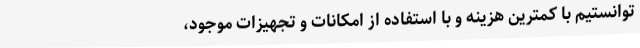
توانستیم با کمترین هزینه و با استفاده از امکانات و تجهیزات موجود،